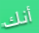
أنك